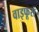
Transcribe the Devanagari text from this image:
वाइफूस